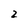
Character: 2